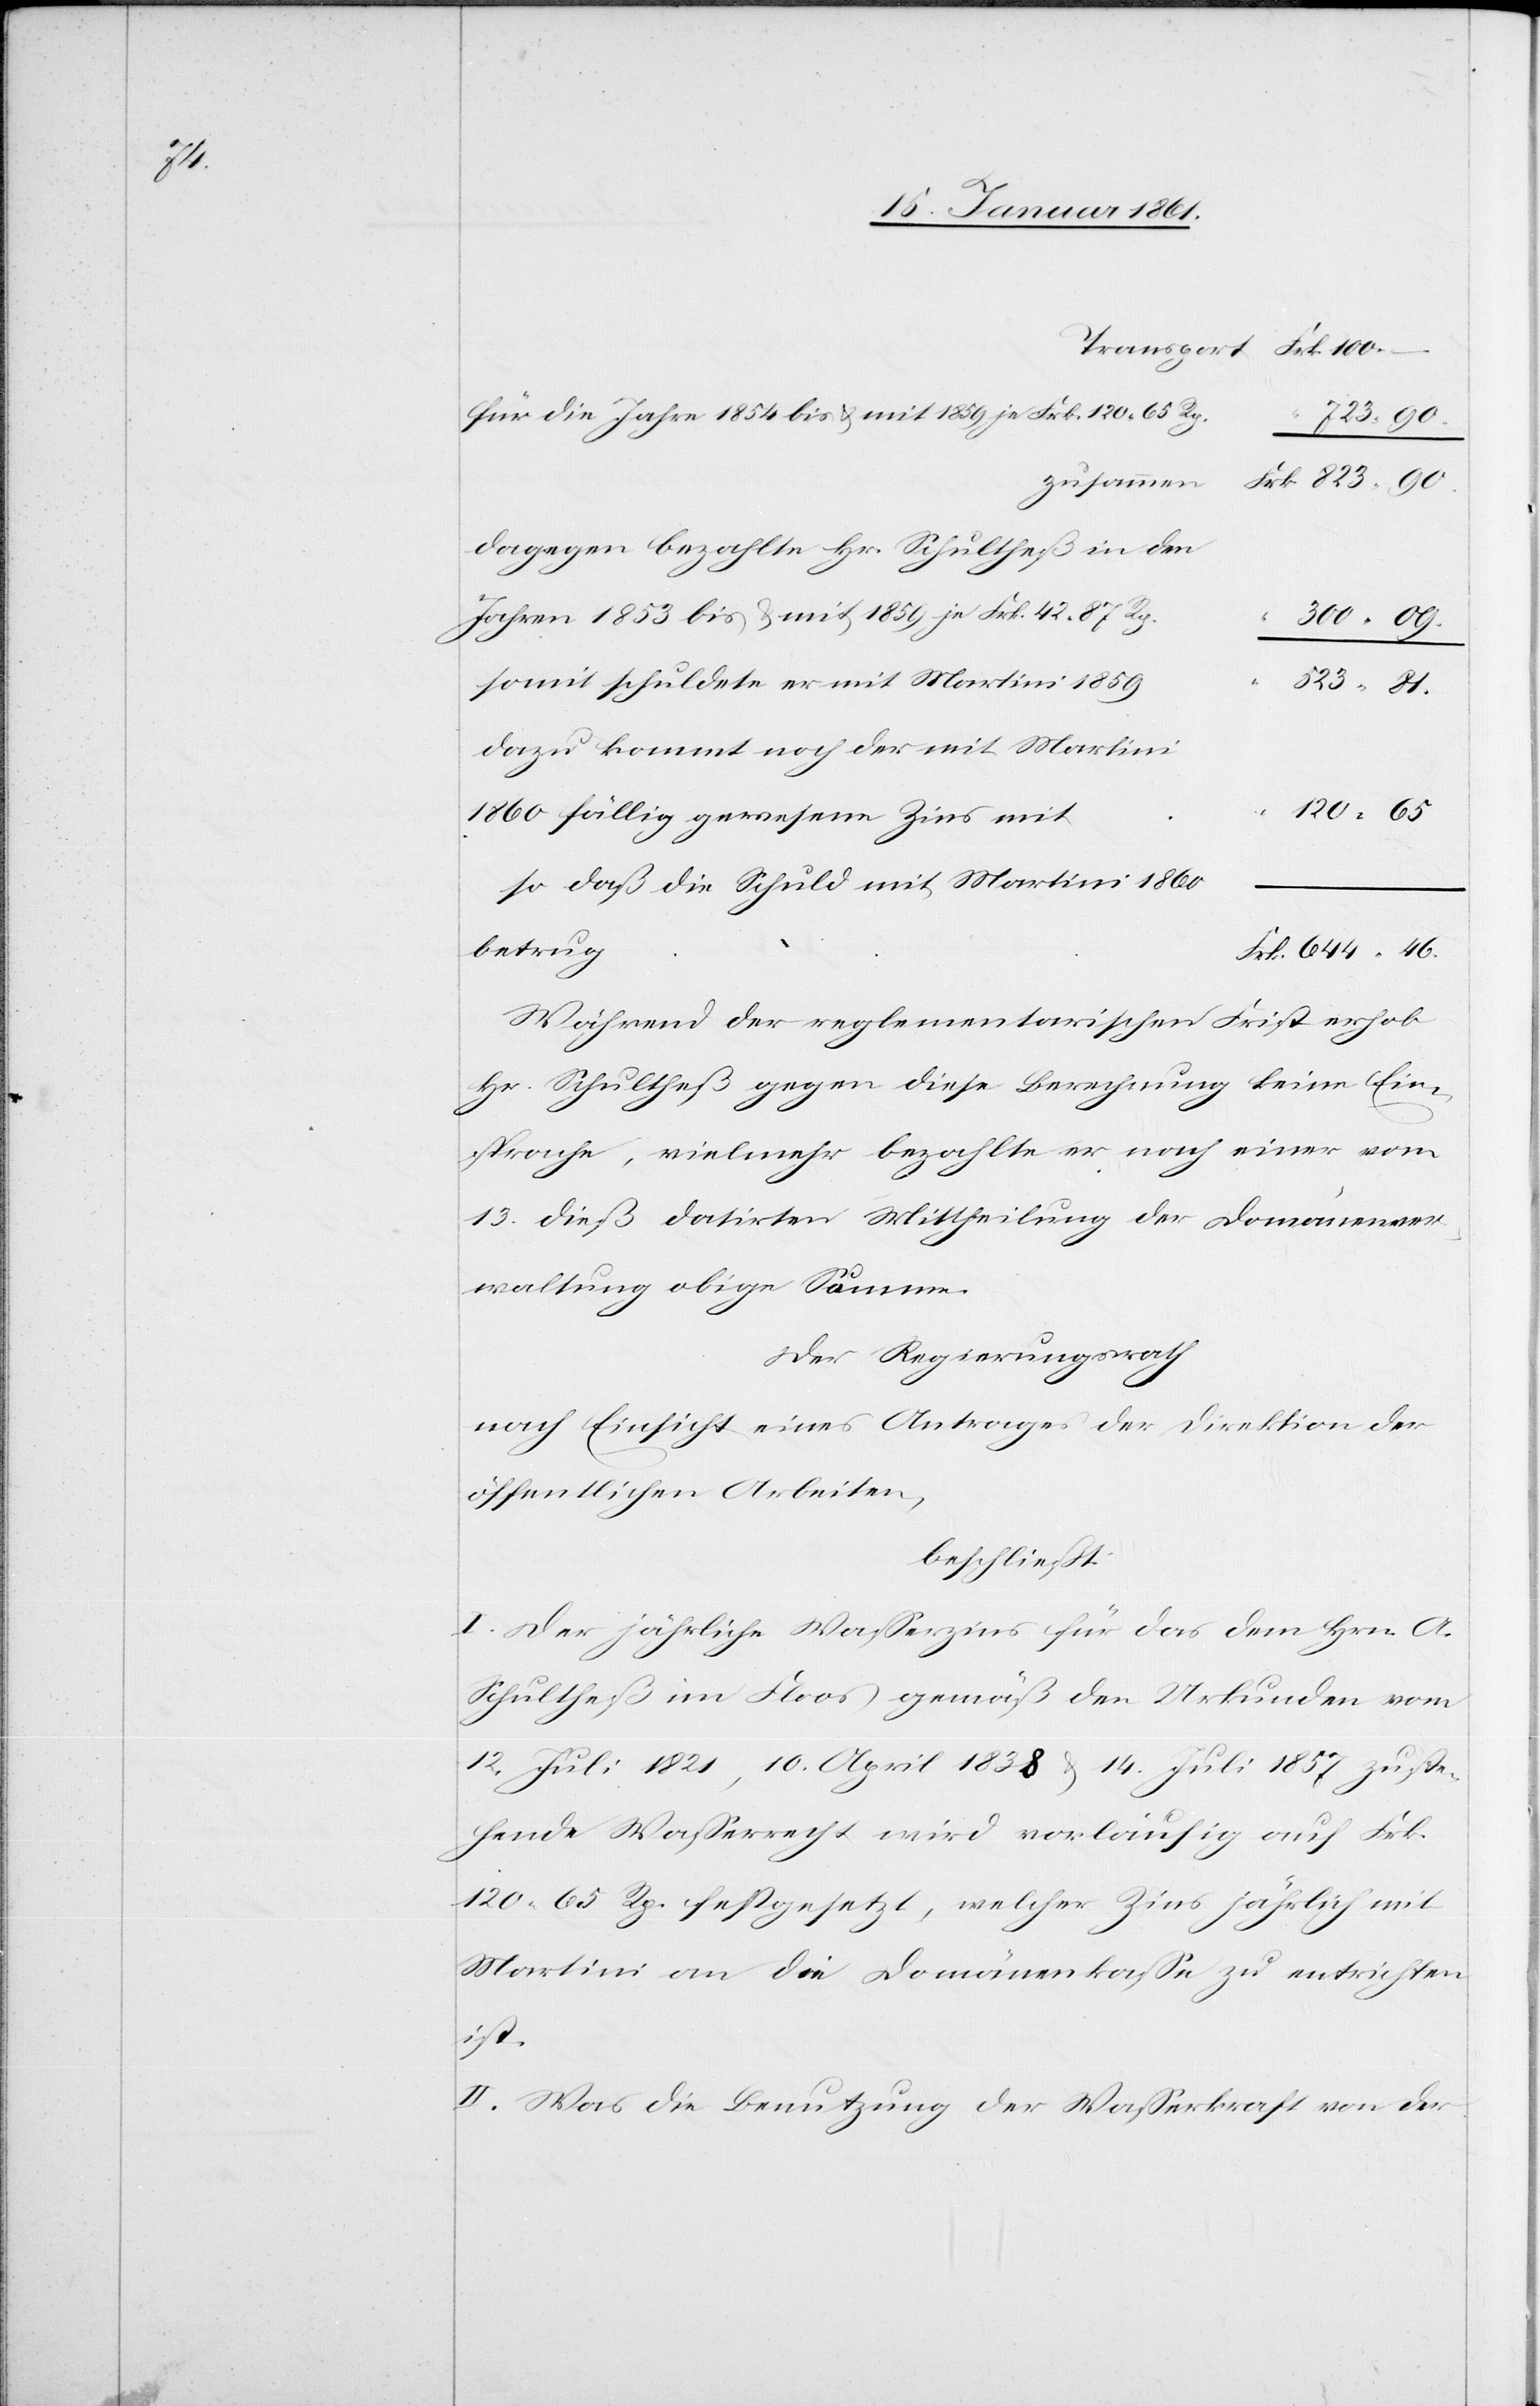
46.

für die Jahre 1854 bis u. mit 1859 je Frk. 120 65 Rp.
zusammen
Dagegen bezahlte Hr. Schultheß in den
somit schuldete er mit Martini 1859
1860 fällig gewesene Zins mit
so daß die Schuld mit Martini 1860
betrug
Während der reglementarischen Frist erhob
Hr. Schultheß gegen diese Berechnung keine Ein¬
sprache, vielmehr bezahlte er nach einer vom
13. dieß datirten Mittheilung der Domainenver¬
waltung obige Summe.
Der Regierungsrath
nach Einsicht eines Antrages der Direktion der
öffentlichen Arbeiten,
beschließt:
I. Der jährliche Wasserzins für das dem Hrn. A.
Schultheß im Floos gemäß den Urkunden vom
12. Juli 1821, 10. April 1838 u. 14. Juli 1857 zuste¬
hende Wasserrecht wird vorläufig auf Frk.
120 65 Rp. festgesetzt, welcher Zins jährlich mit
Martini an die Domänenkasse zu entrichten
ist.
II. Was die Benutzung der Wasserkraft von der